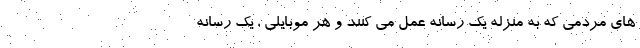
های مردمی که به منزله یک رسانه عمل می کنند و هر موبایلی ، یک رسانه